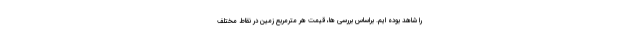
را شاهد بوده ایم. براساس بررسی ها، قیمت هر مترمربع زمین در نقاط مختلف